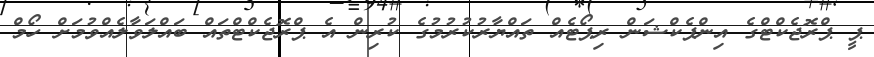
ޕީ ޕްރޮޖެކްޓްގެ އިންޕެކްޝަން ރިޕޯޓެއް ތައްޔާރުކުރުމުގެ ކުރިން އެ ޕްރޮޖެކްޓްތައް ބައްލަވާލެއްވުމަށް ހޯމް